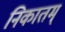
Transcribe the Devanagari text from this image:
निकातम्